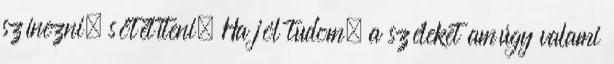
színezni, sötétíteni. Ha jól tudom, a széleket amúgy valami